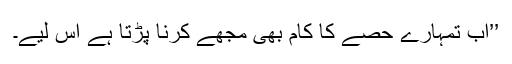
’’اب تمہارے حصے کا کام بھی مجھے کرنا پڑتا ہے اس لیے۔